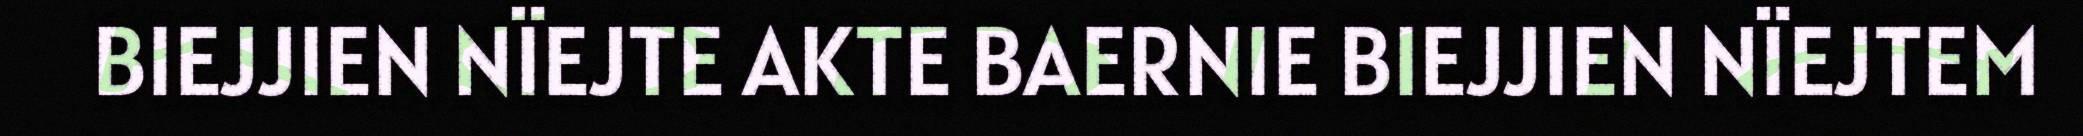
BIEJJIEN NÏEJTE AKTE BAERNIE BIEJJIEN NÏEJTEM